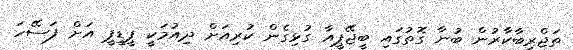
ތަޖްރިބާކާރުން ބުނާ ގޮތުގައި ބީޖޭޕީއާ ގުޅިގެން ކުރިއަށް ދިއުމަކީ ޕީޑީޕީ އަށް ފަސޭހަ